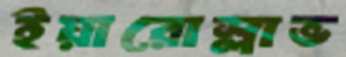
ইয়ারোস্লাভ